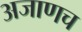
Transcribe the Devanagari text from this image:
अजाणच